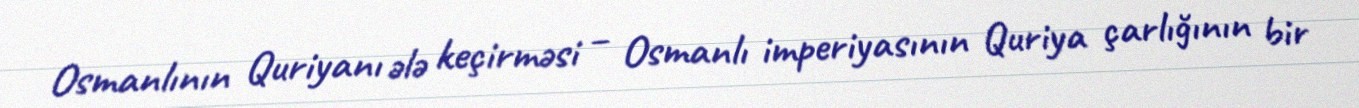
Osmanlının Quriyanı ələ keçirməsi – Osmanlı imperiyasının Quriya çarlığının bir